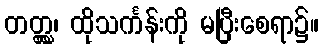
တတ္ထ္လ၊ ထိုသင်္ကန်းကို မပြီးစေရာ၌။